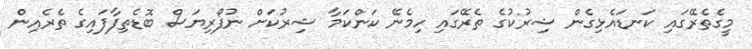
މީގެތެރޭގައި ކަނޑައެޅިގެން ޝިރުކުގެ ތެރޭގައި ހިމެނޭ ކަންކަމާ ޝިރުކަށް ނުފޯރިޔަސް ބޮޑެތިފާފައިގެ ތެރެއިން